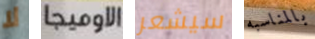
لا الاوميجا سيشعر بالمناسبه